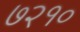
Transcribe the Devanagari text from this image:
७२१०